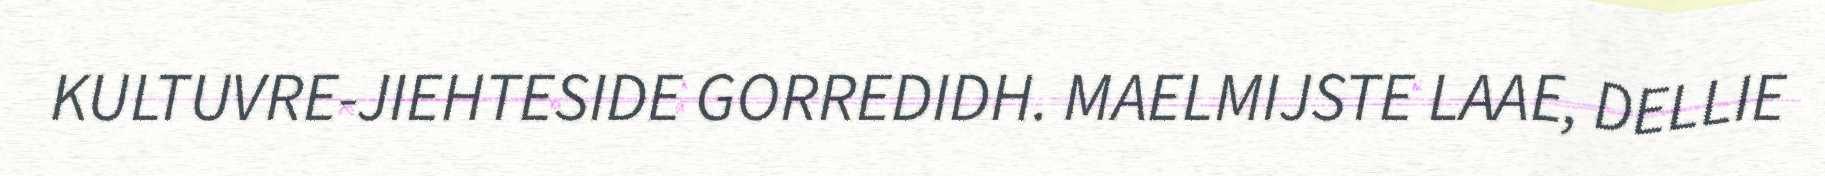
KULTUVRE-JIEHTESIDE GORREDIDH. MAELMIJSTE LAAE, DELLIE